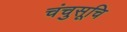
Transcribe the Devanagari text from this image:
चंचुसूचि